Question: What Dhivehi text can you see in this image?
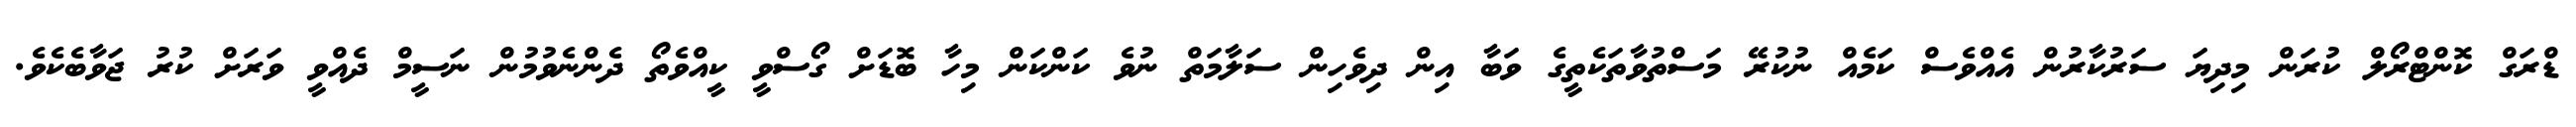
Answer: ޑްރަގް ކޮންޓްރޯލް ކުރަން މިދިޔަ ސަރުކާރުން އެއްވެސް ކަމެއް ނުކުރޭ މަސްތުވާތަކެތީގެ ވަބާ އިން ދިވެހިން ސަލާމަތް ނުވެ ކަންކަން މިހާ ބޮޑަށް ގޯސްވީ ކީއްވެތޯ ދެންނެވުމުން ނަސީމް ދެއްވީ ވަރަށް ކުރު ޖަވާބެކެވެ.